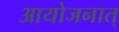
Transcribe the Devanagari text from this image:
आयोजनात्